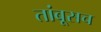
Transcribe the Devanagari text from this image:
तांबूसच